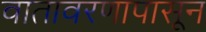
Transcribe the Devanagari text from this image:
वातावरणापासून